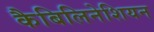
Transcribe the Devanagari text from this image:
कैबिलिनेशियन